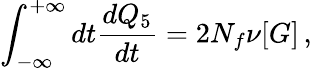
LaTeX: \int_{-\infty}^{+\infty}dt{\frac{dQ_{5}}{dt}}=2N_{f}\nu[G]\, ,